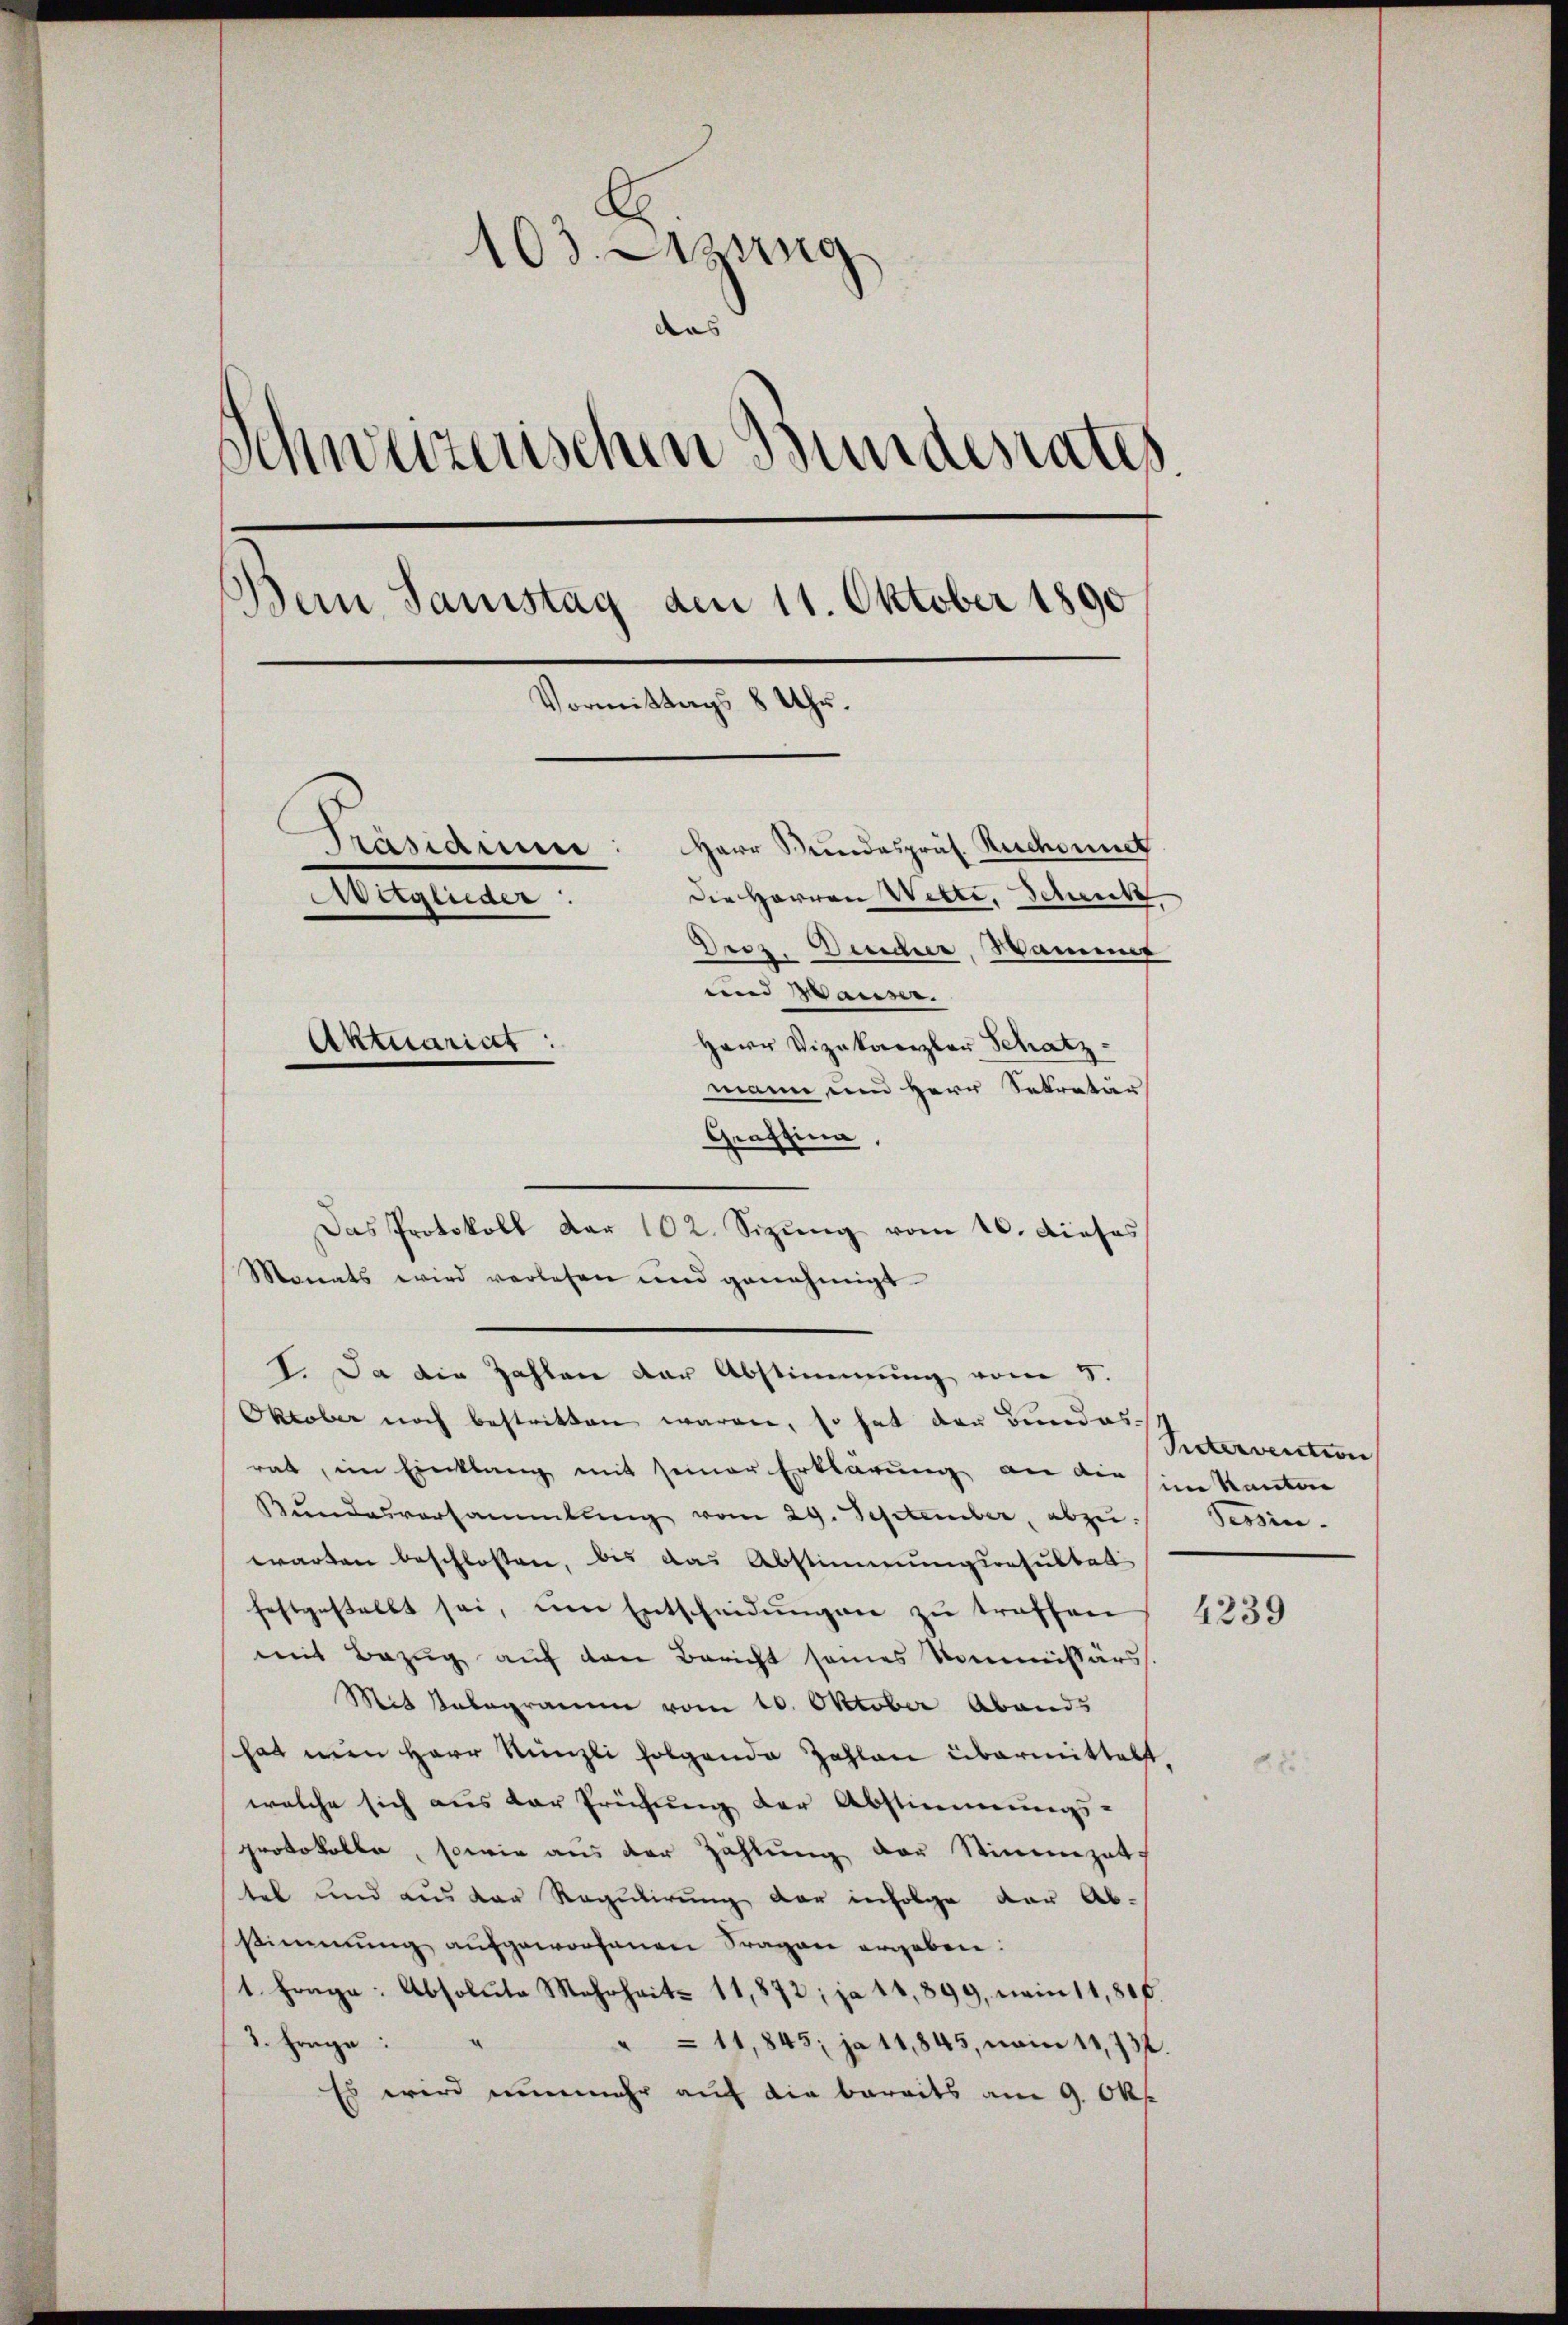
103. Lung
des
)
chweizerischen Bundesrates.
Bein Samstag am 11. Oktober 1890
Vormittags 8 Uhr.
Präsidium: Herr Bundespräs. Rechnet
Die Herren Witte. Schencke
Aerglieder.
Droz. Wender, Wammer
und Hause.
Aktuariat:
Herr Vizekanzler Schatz
mann um Herr Sekretär

Graffina
Das Protokoll dar 102. Sizung vom 16. dieses
Monats wird verlesen und genehmigt
I. Da die Zahlen der Abstimmung vom 5.
Oktober noch bestritten waren, so hat der Bundes-
rat, im Einklang mit seiner Erklärung an die sein Kanton
Bŭndesversammlung vom 29. September, abzŭ. Tessin.
warten beschlossen, bis das Abstimmungsresultat
festgestellt sei, um Entscheidŭngen zŭ treffen 4230
mit Bezug auf den Bericht seines Kommissärs
Mit Telegramm vom 10. Oktober Abends
hat nun Herr Nünzli folgende Zahlan übermittelt,
welche sich aus der Prüfung der Abstimmungs-
protokolle, sowie aus der Zahlung der Stimmzet
tel und aus der Regulirung der infolge der Abstimmung aufgeworfenen Fragen ergeben.
1. Frage: Absolute Mehrheit 11,872; ja 11,899, nein 11,816.
2. Frage: "
" 11,845; ja 11,845, vom 11. 732.
Es wird nunmehr auf die bereits am 9. Okt

Rietervention